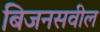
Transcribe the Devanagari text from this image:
बिजनसवील